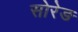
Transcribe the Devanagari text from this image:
सोरेङ